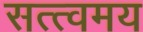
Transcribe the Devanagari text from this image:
सत्त्वमय